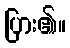
ပြား၏။